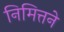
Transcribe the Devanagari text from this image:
निमित्तने